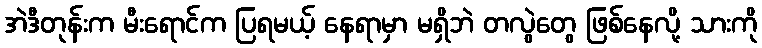
အဲဒီတုန်းက မီးရောင်က ပြရမယ့် နေရာမှာ မရှိဘဲ တလွဲတွေ ဖြစ်နေလို့ သားကို